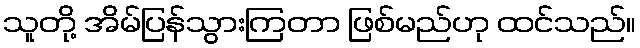
သူတို့ အိမ်ပြန်သွားကြတာ ဖြစ်မည်ဟု ထင်သည်။